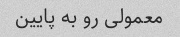
معمولی رو به پایین